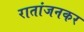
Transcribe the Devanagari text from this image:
रातांजनकर